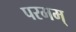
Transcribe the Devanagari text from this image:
परमम्